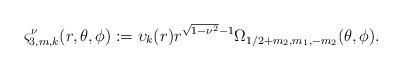
LaTeX: \begin{align*} \varsigma_{3,m,k}^{\nu}(r,\theta,\phi):=\upsilon_{k}(r)r^{\sqrt{1-\nu^2}-1} \Omega_{1/2+m_2,m_1,-m_2}(\theta,\phi).\end{align*}